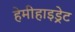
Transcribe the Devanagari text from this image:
हेमीहाइड्रेट